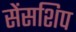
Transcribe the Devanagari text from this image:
सेंसशिप